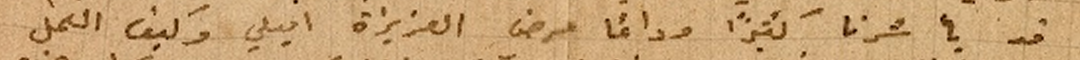
قد يأسُرنا كثيراً ودائماً مرض العزيزة اميلي وكيف العمل